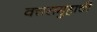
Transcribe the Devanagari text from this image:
वत्तसमुहाची